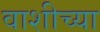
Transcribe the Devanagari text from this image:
वाशीच्या